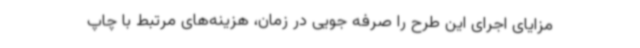
مزایای اجرای این طرح را صرفه جویی در زمان، هزینه‌های مرتبط با چاپ